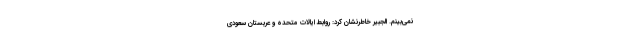
نمی‌بینم. الجبیر خاطرنشان کرد: روابط ایالات متحده و عربستان سعودی